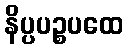
နိပ္ပပဉ္စပထေ